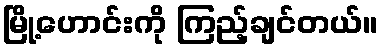
မြို့ဟောင်းကို ကြည့်ချင်တယ်။